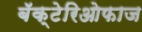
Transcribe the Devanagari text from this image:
बॅक्टेरिओफाज